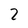
Character: 2